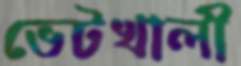
ভেটখালী